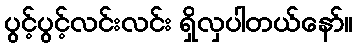
ပွင့်ပွင့်လင်းလင်း ရှိလှပါတယ်နော်။